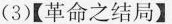
(3)【革命之结局】